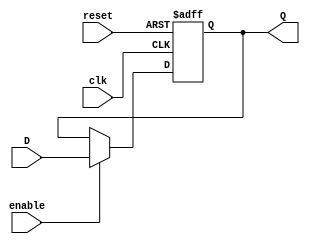
module flip_flop_register #(
    parameter N = 8 // Number of bits in the register
)(
    input wire [N-1:0] D,      // Parallel input data
    input wire clk,            // Clock signal
    input wire reset,          // Asynchronous reset signal
    input wire enable,         // Enable signal
    output reg [N-1:0] Q       // Parallel output data
);

    // Asynchronous reset and clocking behavior
    always @(posedge clk or posedge reset) begin
        if (reset) begin
            Q <= {N{1'b0}}; // Initialize all bits to 0 on reset
        end else if (enable) begin
            Q <= D; // Capture input data on clock edge if enabled
        end
    end

endmodule